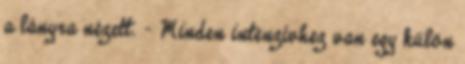
a lányra nézett. – Minden intenzívhez van egy külön